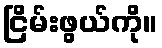
ငြိမ်းဖွယ်ကို။